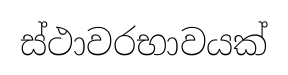
ස්ථාවරභාවයක්